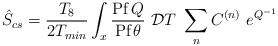
LaTeX: \begin{align*}\hat{S}_{cs} = \frac{T_{8}}{2T_{min}}\int_x \frac{\hbox{Pf}\,Q}{\hbox{Pf}\, \theta} ~{\mathcal{D}}T~ \sum_n C^{(n)}~e^{Q^{-1}}\end{align*}